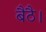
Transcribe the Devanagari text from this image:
बैठै।